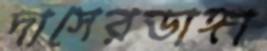
দাসেরডাঙ্গা